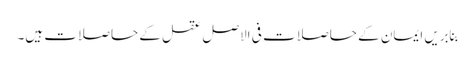
بِنابریں ایمان کے حاصلات فی الاصل عقل کے حاصلات ہیں۔